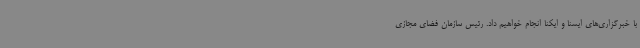
با خبرگزاری‌های ایسنا و ایکنا انجام خواهیم داد. رئیس سازمان فضای مجازی